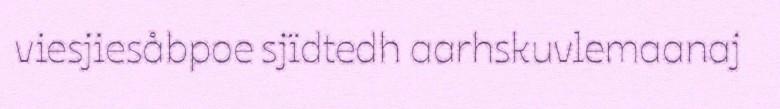
viesjiesåbpoe sjïdtedh aarhskuvlemaanaj